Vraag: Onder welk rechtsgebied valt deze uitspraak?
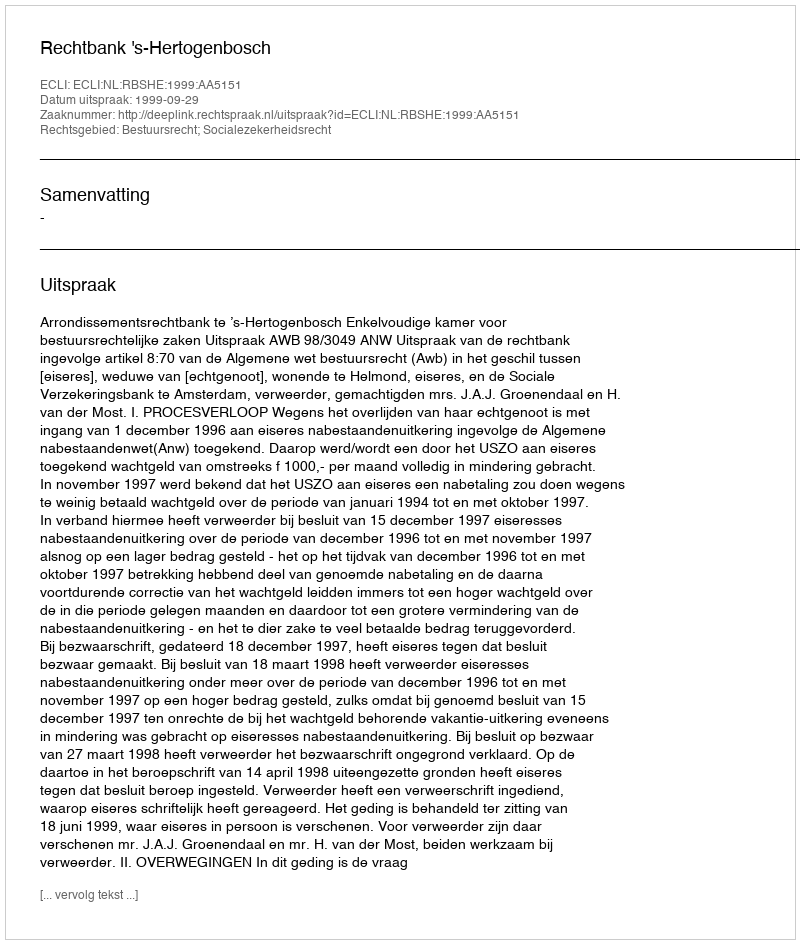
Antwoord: Bestuursrecht; Socialezekerheidsrecht